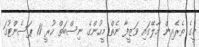
މީގެ ތެރެއިން މާލޭގައި ވަޒީފާ ނެތް މީހުންގެ ނިސްބަތް ހުރީ 11 ޕަސެންޓުގަ